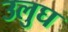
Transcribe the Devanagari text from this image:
उलुघ